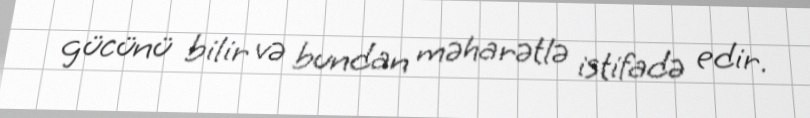
gücünü bilir və bundan məharətlə istifadə edir.